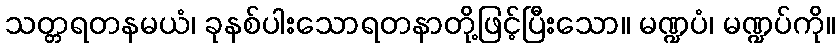
သတ္တရတနမယံ၊ ခုနစ်ပါးသောရတနာတို့ဖြင့်ပြီးသော။ မဏ္ဍပံ၊ မဏ္ဍပ်ကို။